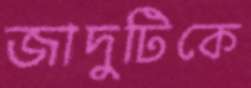
জাদুটিকে